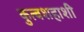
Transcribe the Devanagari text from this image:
कुत्बशहाशी